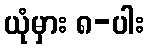
ယုံမှား ၈-ပါး